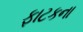
ફાટકના